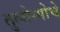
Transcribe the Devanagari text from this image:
तुल्तेन्गोचे